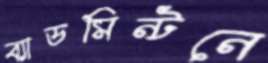
ব্যাডমিন্টনে